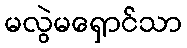
မလွဲမရှောင်သာ